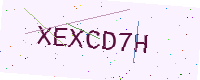
Text: XEXCD7H